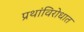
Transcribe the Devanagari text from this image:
प्रथांविरोधात